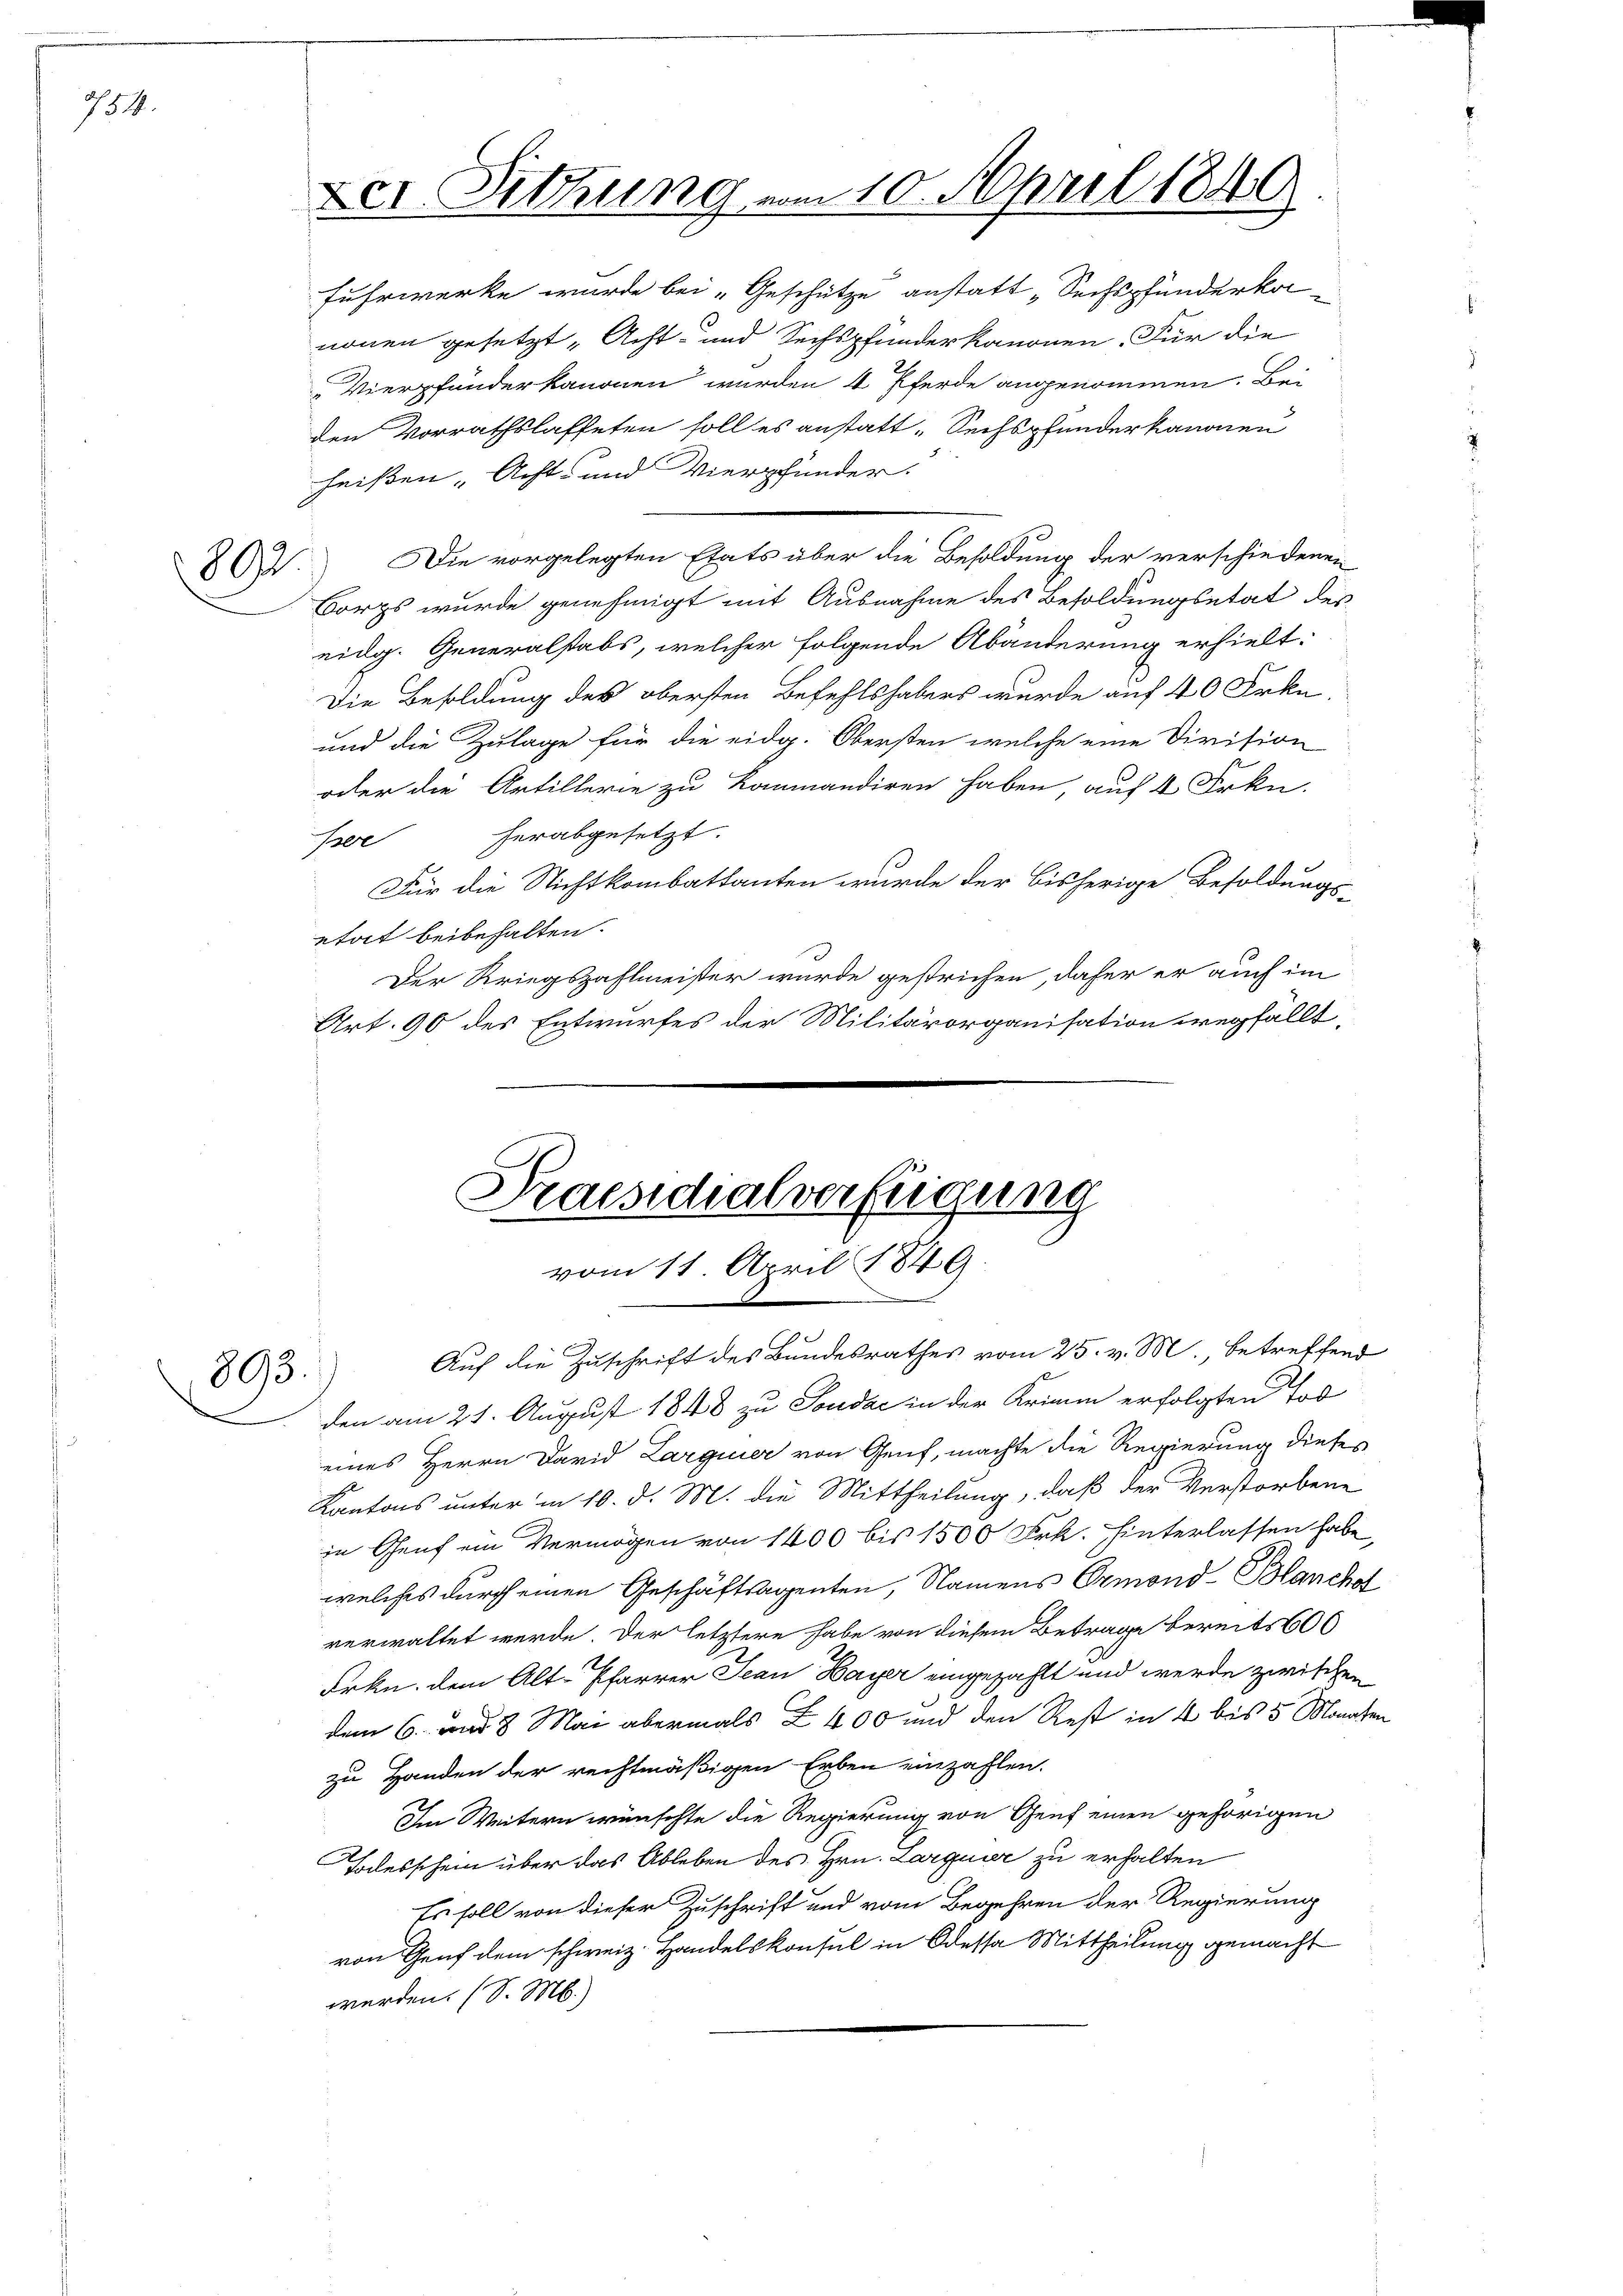
754.

892

893.
d

Der Sitzung vom 10. April 1840

Fuhrwerke wurde bei „Geschütze anstatt „Sechspfunderkanonen gesetzt „Acht- und Sechspfunderkanonen. Für die
Vierpfander kanonen wurden 4 Pferde angenommen. Bei
den Vorrathslasteten soll es anstatt - Sechspfunder kanonen
heißen „Acht- und Vierpfunder.
Die vorgelegten Etats über die Besoldung der verschiedenen
Corps wurde genehmigt mit Ausnahme des Besoldungsetat des
eidg. Generalstabs, welcher folgende Abänderung erhielt:
Die Besoldung des obersten Befehlshabers wurde auf 40 Frkn.
und die Zulage für die eidg. Obersten welche eine Division
oder die Artillerie zu kommandiren haben, auf 4 Frkn.
herabgesetzt.
Peer
Für die Nichtkombattanten wurde der bisherige Besoldungs-
etat beibehalten.
Der Kriegszahlmeister wurde gestrichen, dafür er auch im
Art. 90 des Entwurfes der Militärorganisation wegfällt,

Praesidialverfügung
vom 11. April 1849.

Auf die Zuschrift des Bundesrathes vom 25. v. M., betreffend
den am 21. August 1848 zu Soudac in der Krimm erfolgten Tod
eines Herrn David Larginier von Genf, machte die Regierung dieses
Kantons unter in 10. d. M. die Mittheilung, daß der Verstorbene
in Genf ein Vermögen von 1400 bis 1500 Frk. hinterlassen habe
welches durch einen Geschäftsagenten, Namens Ormond-Blanchol
verwaltet werde. Der letztere habe von diesem Betrage bereits 10
Frkn. dem Alt-Pfarrer Jean Hayer eingezahlt und werde zwischen
dem 6. und 8 Mai abermals Z. 400 und den Rest in 4 bis 5 Monaten
zu Handen der rechtmäßigen Erben einzahlen.
Im Weitern wünschte die Regierung von Genf einen gehörigen
Todesschein über das Ableben des Hrn. Larquier zu erhalten
Es soll von dieser Zuschrift und vom Begehren der Regierung
von Genf dem schweiz. Handelskonsul in Odessa Mittheilung gemacht
werden. (S. M.)